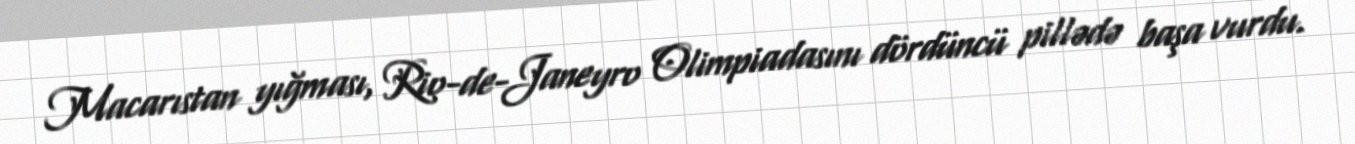
Macarıstan yığması, Rio-de-Janeyro Olimpiadasını dördüncü pillədə başa vurdu.